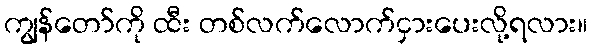
ကျွန်တော်ကို ထီး တစ်လက်လောက်ငှားပေးလို့ရလား။